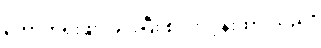
ကောက်ရိုးဖျာ ခင်းပြီး စပါးလှန်းထားသည်။